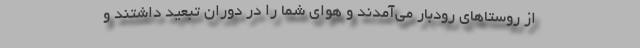
از روستاهای رودبار می‌آمدند و هوای شما را در دوران تبعید داشتند و